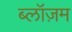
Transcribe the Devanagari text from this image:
ब्लॉज़म